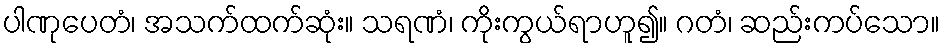
ပါဏုပေတံ၊ အသက်ထက်ဆုံး။ သရဏံ၊ ကိုးကွယ်ရာဟူ၍။ ဂတံ၊ ဆည်းကပ်သော။